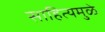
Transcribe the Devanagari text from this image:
साहित्यमुळे